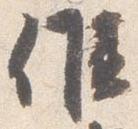
候